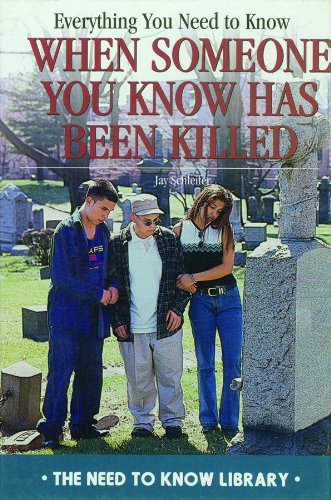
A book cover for Everything You Need to Know When Someone You Know Has Been Killed (Need to Know Library); Jay Schleifer; Teen & Young Adult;